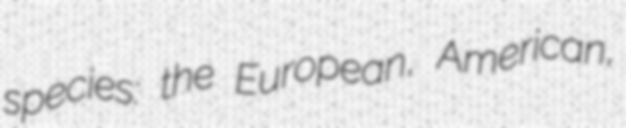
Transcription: species: the European, American,